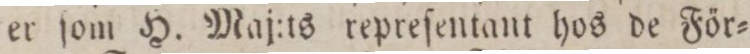
er ſom H. Maj:ts repreſentant hos de För=